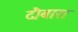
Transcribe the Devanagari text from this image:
दौबारा